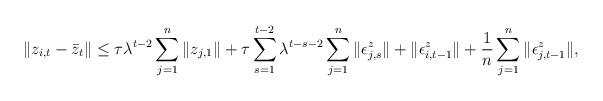
LaTeX: \begin{align*}\|z_{i,t}-\bar{z}_{t}\|&\le \tau \lambda^{t-2}\sum_{j=1}^n\|z_{j,1}\|+\tau\sum_{s=1}^{t-2}\lambda^{t-s-2}\sum_{j=1}^n\|\epsilon^z_{j,s}\|+\|\epsilon^z_{i,t-1}\|+\frac{1}{n}\sum_{j=1}^n\|\epsilon^z_{j,t-1}\|,\end{align*}